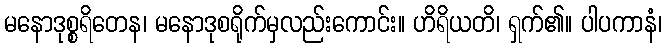
မနောဒုစ္စရိတေန၊ မနောဒုစရိုက်မှလည်းကောင်း။ ဟိရိယတိ၊ ရှက်၏။ ပါပကာနံ၊